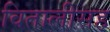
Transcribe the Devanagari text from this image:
वितालीसह